Report of an investigation into the causes of malaria in Bombay and the measures necessary for its control
Disease focus: Malaria
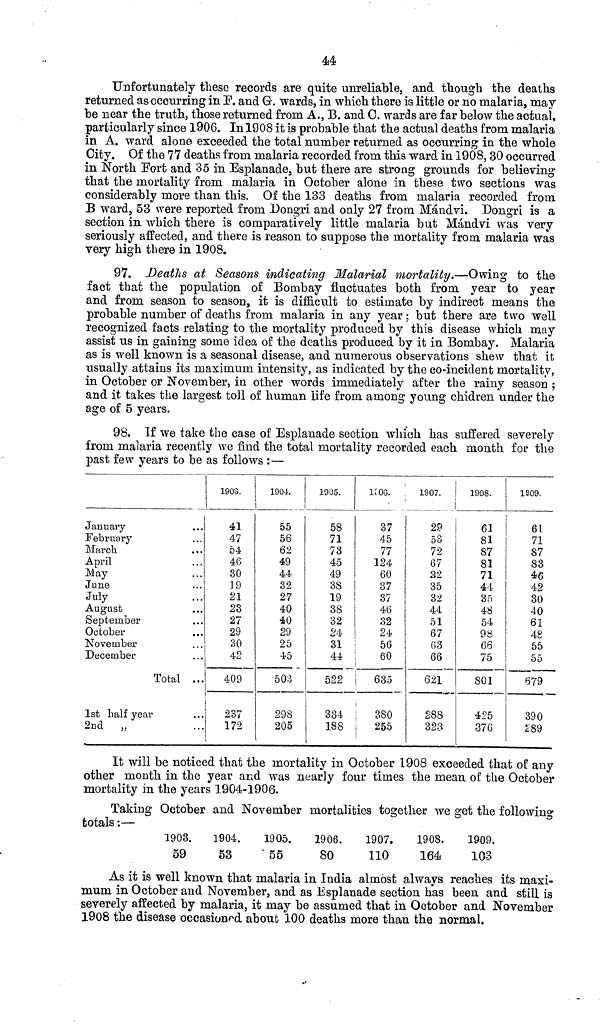
44
Unfortunately these records are quite unreliable, and though the deaths
returned as occurring in F. and G. wards, in which there is little or no malaria, may
be near the truth, those returned from A., B. and C. wards are far below the actual,
particularly since 1906. In 1908 it is probable that the actual deaths from malaria
in A. ward alone exceeded the total number returned as occurring in the whole
City. Of the 77 deaths from malaria recorded from this ward in 1908, 30 occurred
in North Fort and 35 in Esplanade, but there are strong grounds for believing
that the mortality from malaria in October alone in these two sections was
considerably more than this. Of the 133 deaths from malaria recorded from
B ward, 53 were reported from Dongri and only 27 from Mándvi. Dongri is a
section in which there is comparatively little malaria but Mándvi was very
seriously affected, and there is reason to suppose the mortality from malaria was
very high there in 1908.
97. Deaths at Seasons indicating Malarial mortality.—Owing to the
fact that the population of Bombay fluctuates both from year to year
and from season to season, it is difficult to estimate by indirect means the
probable number of deaths from malaria in any year ; but there are two well
recognized facts relating to the mortality produced by this disease which may
assist us in gaining some idea of the deaths produced by it in Bombay. Malaria
as is well known is a seasonal disease, and numerous observations shew that it
usually attains its maximum intensity, as indicated by the co-incident mortality,
in October or November, in other words immediately after the rainy season ;
and it takes the largest toll of human life from among young chidren under the
age of 5 years.
98. If we take the case of Esplanade section which has suffered severely
from malaria recently we find the total mortality recorded each month for the
past few years to be as follows :—
January
February
March
April
May
June
July
August
September
October
November
December
Total ...
1st half year
2nd „
1903.
41
47
54
46
30
19
21
23
27
29
30
42
409
237
172
1904.
55
56
62
49
44
32
27
40
40
29
25
45
503
298
205
1905.
58
71
73
45
49
38
19
38
32
24
31
44
522
334
188
1906.
37
45
77
124
60
37
37
46
32
24
56
60
| 635
380
255
1907.
i
29
53
72
67
22
35
32
44
51
67
63
621
288
323
1908.
61
81
87
81
71
44
35
48
54
98
66
75
801
425
376
1909.
61
71
87
83
46
42
30
40
61
48
55
55
679
390
289
It will be noticed that the mortality in October 1908 exceeded that of any
other month in the year and was nearly four times the mean of the October
mortality in the years 1904-1906.
Taking October and November mortalities together we get the following
totals :—
1903.
59
1904.
53
1905.
55
1906.
80
1907.
110
1908.
164
1909.
103
As it is well known that malaria in India almost always reaches its maxi-
mum in October and November, and as Esplanade section has been and still is
severely affected by malaria, it may be assumed that in October and November
1908 the disease occasioned about 100 deaths more than the normal.